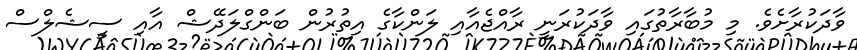
ވާދަކުރާށެވެ. މި މުބާރާތުގައި ވާދަކުރަނީ ރާއްޖެއާއި ލަންކާގެ އިތުރުން ބަންގްލަދޭޝް އާއި ސީޝެލްސް